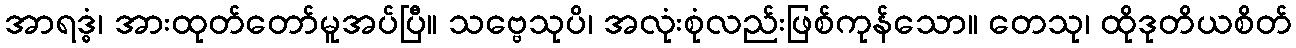
အာရဒ္ဓံ၊ အားထုတ်တော်မူအပ်ပြီ။ သဗ္ဗေသုပိ၊ အလုံးစုံလည်းဖြစ်ကုန်သော။ တေသု၊ ထိုဒုတိယစိတ်